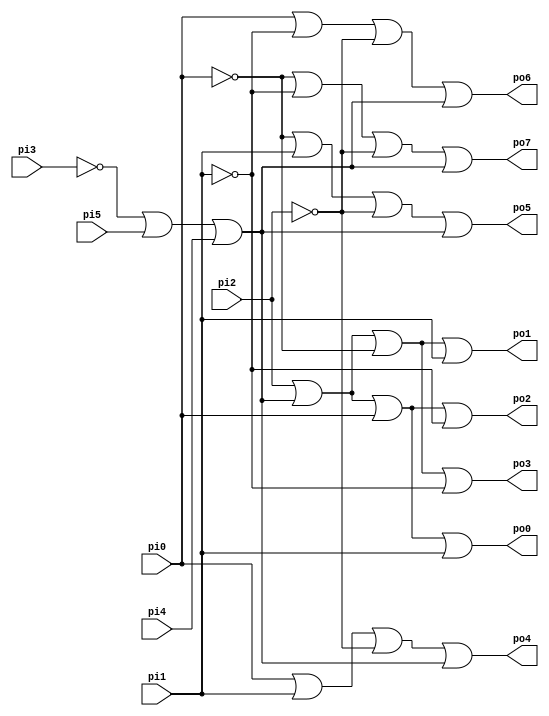
// Benchmark "CM138" written by ABC on Thu Mar 19 13:02:36 2020

module CM138 ( 
    pi0, pi1, pi2, pi3, pi4, pi5,
    po0, po1, po2, po3, po4, po5, po6, po7  );
  input  pi0, pi1, pi2, pi3, pi4, pi5;
  output po0, po1, po2, po3, po4, po5, po6, po7;
  wire new_n23_;
  assign po0 = pi2 | new_n23_ | pi0 | pi1;
  assign po1 = pi2 | new_n23_ | ~pi0 | pi1;
  assign po2 = pi2 | new_n23_ | pi0 | ~pi1;
  assign po3 = pi2 | new_n23_ | ~pi0 | ~pi1;
  assign po4 = pi0 | pi1 | ~pi2 | new_n23_;
  assign po5 = ~pi0 | pi1 | ~pi2 | new_n23_;
  assign po6 = pi0 | ~pi1 | ~pi2 | new_n23_;
  assign po7 = ~pi0 | ~pi1 | ~pi2 | new_n23_;
  assign new_n23_ = ~pi3 | pi5 | pi4;
endmodule